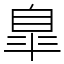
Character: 臯